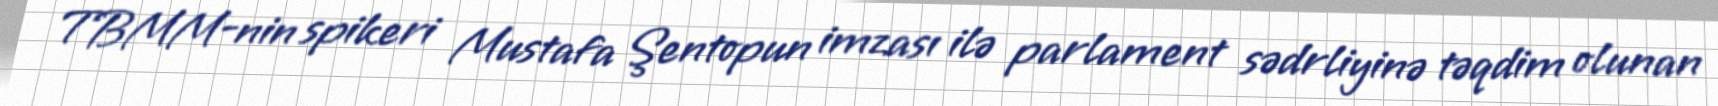
TBMM-nin spikeri Mustafa Şentopun imzası ilə parlament sədrliyinə təqdim olunan